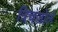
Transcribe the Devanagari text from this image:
त्रिचज़ोले